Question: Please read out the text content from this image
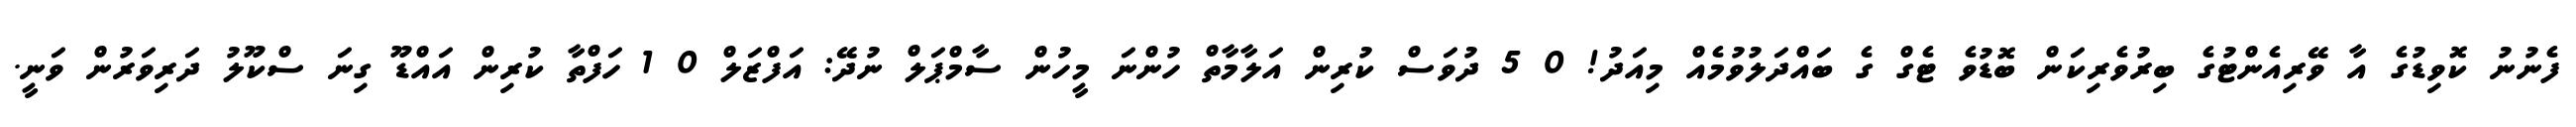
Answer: ފެނުނު ކޮވިޑުގެ އާ ވޭރިއެންޓުގެ ބިރުވެރިކަން ބޮޑުވެ ޓެގް ގެ ބައްދަލުވުމެއް މިއަދު! 0 5 ދުވަސް ކުރިން އަލާމާތް ހުންނަ މީހުން ސާމްޕަލް ނުދޭ: އަފްޒަލް 0 1 ހަފްތާ ކުރިން އައްޑޫ ގިނަ ސްކޫލު ދަރިވަރުން ވަނީ.